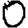
Digit: 0